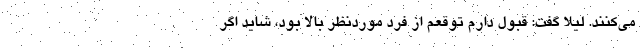
می‌کنند. لیلا گفت: قبول دارم توقعم از فرد موردنظر بالا بود، شاید اگر